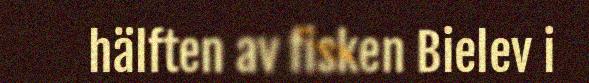
hälften av fisken Bielev i